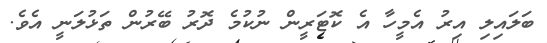
ބަލައިލި އިރު އެމީހާ އެ ކޮޓަރީން ނުކުމެ ދޮރު ބޭރުން ތަޅުލަނީ އެވެ.